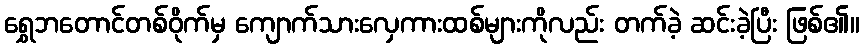
ရွှေဘတောင်တစ်ဝိုက်မှ ကျောက်သားလှေကားထစ်များကိုလည်း တက်ခဲ့ ဆင်းခဲ့ပြီး ဖြစ်၏။